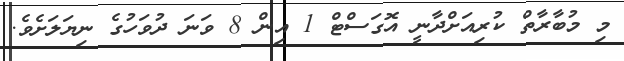
މި މުބާރާތް ކުރިއަށްދާނީ އޮގަސްޓް 1 އިން 8 ވަނަ ދުވަހުގެ ނިޔަލަށެވެ.